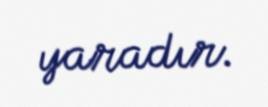
yaradır.